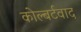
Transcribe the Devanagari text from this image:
कोल्बर्टवाद